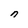
Character: n